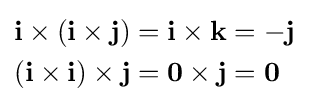
{\begin{aligned}\mathbf {i} \times (\mathbf {i} \times \mathbf {j} )&=\mathbf {i} \times \mathbf {k} =-\mathbf {j} \\(\mathbf {i} \times \mathbf {i} )\times \mathbf {j} &=\mathbf {0} \times \mathbf {j} =\mathbf {0} \end{aligned}}